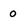
Character: o